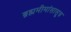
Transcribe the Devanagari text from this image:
ब्रह्ममीमांसासूत्र